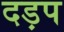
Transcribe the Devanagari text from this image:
दड़प